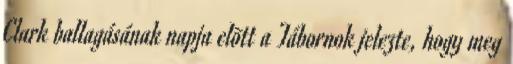
Clark ballagásának napja elõtt a Tábornok jelezte, hogy meg